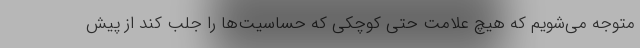
متوجه مي‌شويم كه هيچ علامت حتي كوچكي كه حساسيت‌ها را جلب كند از پيش